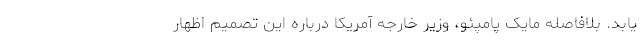
یابد. بلافاصله مایک پامپئو، وزیر خارجه آمریکا درباره این تصمیم اظهار